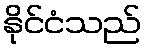
နိုင်ငံသည်